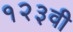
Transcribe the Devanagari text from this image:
१२३वी